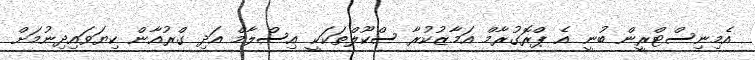
އެމިނިސްޓްރީން ބުނީ އެ ޕްރޮގުރާމް އަމާޒުކުރާ ސްކޫލްތަކަކީ އިސްލާމް އަދި ގްރުއާން ކިޔަވައިދިނުމަށް